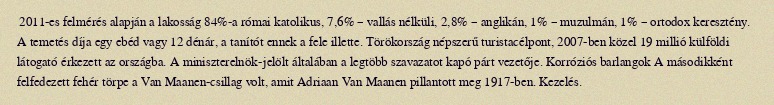
2011-es felmérés alapján a lakosság 84%-a római katolikus, 7,6% – vallás nélküli, 2,8% – anglikán, 1% – muzulmán, 1% – ortodox keresztény. A temetés díja egy ebéd vagy 12 dénár, a tanítót ennek a fele illette. Törökország népszerű turistacélpont, 2007-ben közel 19 millió külföldi látogató érkezett az országba. A miniszterelnök-jelölt általában a legtöbb szavazatot kapó párt vezetője. Korróziós barlangok A másodikként felfedezett fehér törpe a Van Maanen-csillag volt, amit Adriaan Van Maanen pillantott meg 1917-ben. Kezelés.